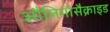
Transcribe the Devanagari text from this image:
औलिगोसैक्राइड